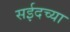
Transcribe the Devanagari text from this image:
सईदच्या